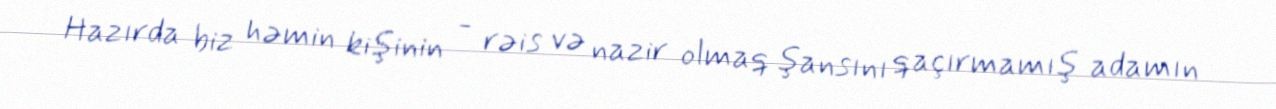
Hazırda biz həmin kişinin - rəis və nazir olmaq şansını qaçırmamış adamın